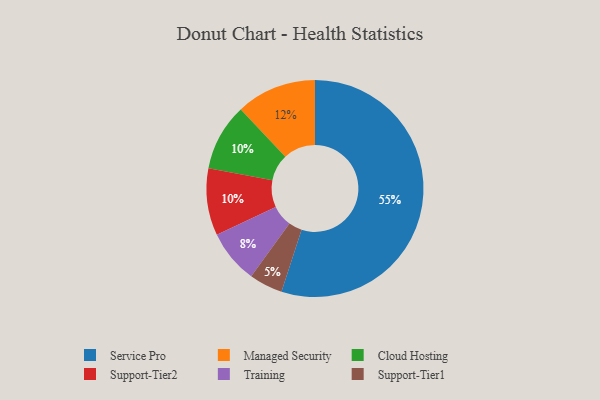
{"axis": {"x": "Category", "y": "Percentage"}, "legend": ["Cloud Hosting", "Managed Security", "Service Pro", "Support-Tier1", "Support-Tier2", "Training"], "data": [{"x": "Training", "y": 8, "type": "Training"}, {"x": "Support-Tier1", "y": 5, "type": "Support-Tier1"}, {"x": "Managed Security", "y": 12, "type": "Managed Security"}, {"x": "Service Pro", "y": 55, "type": "Service Pro"}, {"x": "Cloud Hosting", "y": 10, "type": "Cloud Hosting"}, {"x": "Support-Tier2", "y": 10, "type": "Support-Tier2"}]}